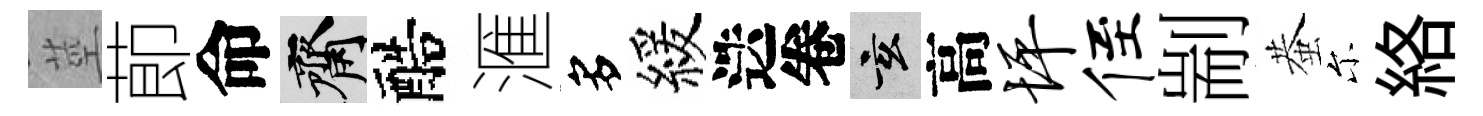
莖莭命齋醅滙多緩迭卷玄高坪侄剬蛬尓絡